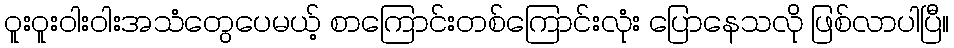
ဝူးဝူးဝါးဝါးအသံတွေပေမယ့် စာကြောင်းတစ်ကြောင်းလုံး ပြောနေသလို ဖြစ်လာပါပြီ။